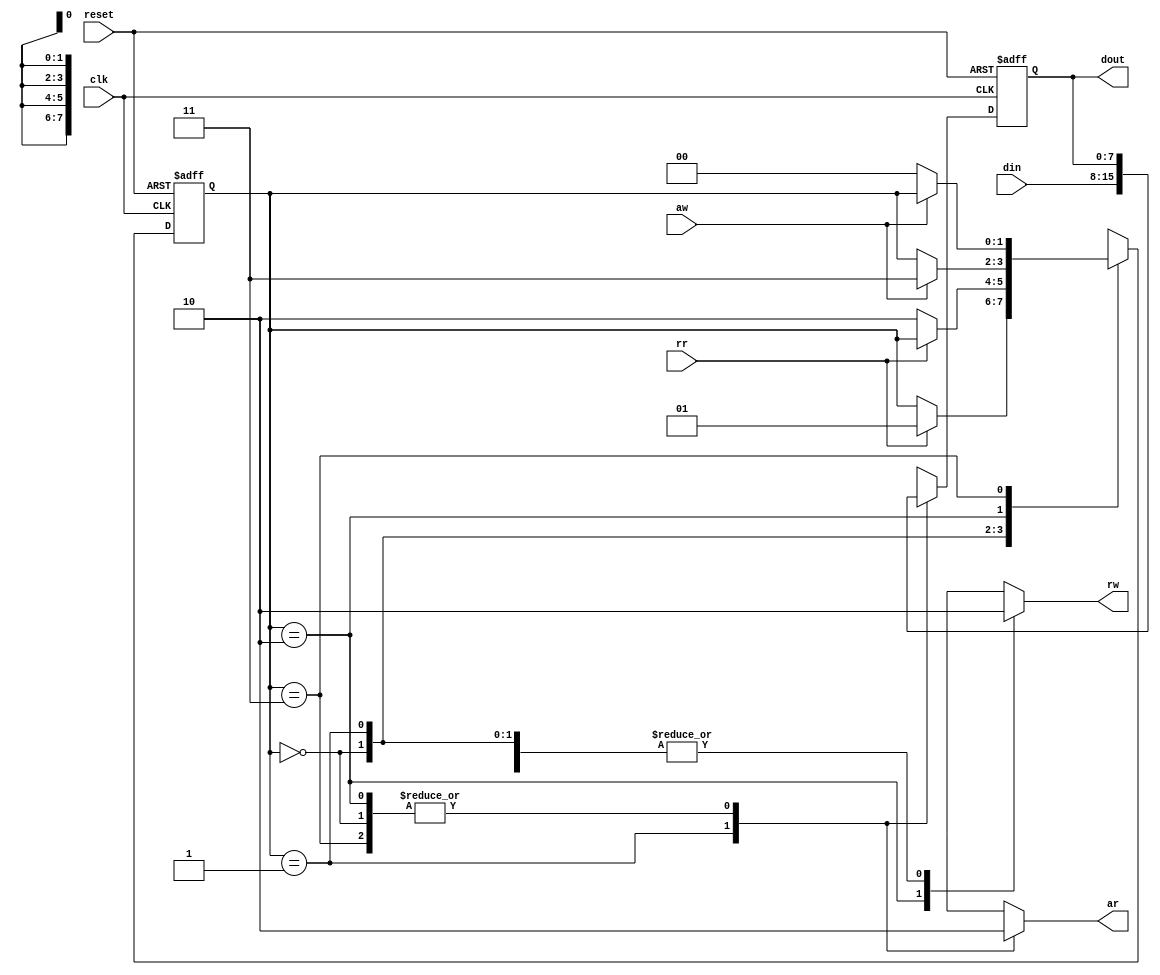
module fifostage(
		 input wire 	   clk,
		 input wire 	   reset,
		 input wire [7:0]  din,
		 output wire [7:0] dout,
		 input wire 	   rr, /* request read */
		 input wire 	   aw, /* ack write    */
		 output wire 	   ar, /* ack read     */
		 output wire 	   rw /*  request write */
		 );
   
   reg [7:0] 			   dreg;
   reg [7:0] 			   dreg_next;

   reg [1:0] 			   state, state_next;
   localparam s0 = 2'b00, s1 = 2'b01, s2 = 2'b10, s3 = 2'b11;
   
   always @(posedge clk, posedge reset)
     if (reset)
       begin
          dreg  <= 8'b0;
	  state <= s0;
       end
     else
       begin
          dreg  <= dreg_next;
	  state <= state_next;
       end

   reg arreg;
   reg rwreg;
   
   always @(*)
     begin

	state_next = state;
	dreg_next  = dreg;
	arreg = 1'b0;
	rwreg = 1'b0;
	
	case (state)

	  s0:
	    begin
	       arreg = 1'b0;
	       rwreg = 1'b0;
	       
	       if (rr)
		 state_next = s1;
	    end
	  
	  s1:
	    begin
	       arreg = 1'b1;
	       rwreg = 1'b0;
	       dreg_next = din;
	       			  
	       if (~rr)
		 state_next = s2;
	    end
	  
	  s2:
	    begin
	       arreg = 1'b0;
	       rwreg = 1'b1;
	       
	       if (aw)
		 state_next = s3;
	    end
	  
	  s3:
	    begin
	       arreg = 1'b0;
	       rwreg = 1'b0;
	       
	       if (~aw)
		 state_next = s0;
	    end
	  
	endcase
     end
   
   assign dout = dreg;
   assign rw   = rwreg;
   assign ar   = arreg;

   
endmodule